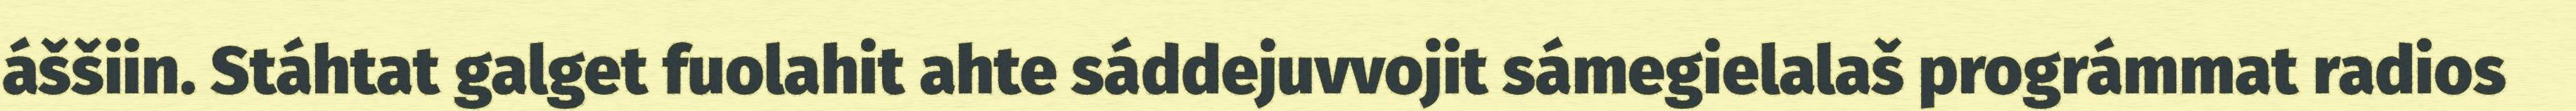
áššiin. Stáhtat galget fuolahit ahte sáddejuvvojit sámegielalaš prográmmat radios